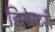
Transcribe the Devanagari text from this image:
डिसेन्टरी